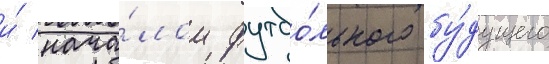
и́ нача́лом футбо́льного бу́дущего